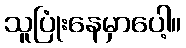
သူပြုံးနေမှာပေါ့။